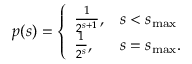
p ( s ) = \left\{ \begin{array} { l l } { \frac { 1 } { 2 ^ { s + 1 } } , } & { s < s _ { \mathrm { m a x } } } \\ { \frac { 1 } { 2 ^ { s } } , } & { s = s _ { \mathrm { m a x } } . } \end{array} \right.